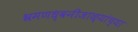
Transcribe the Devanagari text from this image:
भ्रमणध्वनीजाळ्यांच्या